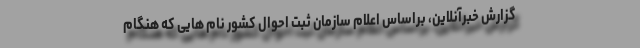
گزارش خبرآنلاین، براساس اعلام سازمان ثبت احوال کشور نام هایی که هنگام